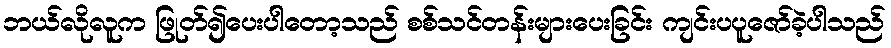
ဘယ်လိုလူက ဖြုတ်၍ပေးပါတော့သည် စစ်သင်တန်းများပေးခြင်း ကျင်းပပူဇော်ခဲ့ပါသည်